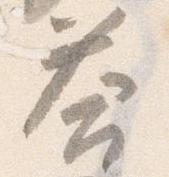
答